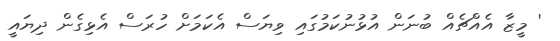
' މީޒާ އެއްޗެއް ބުނަން އުޅުނުކަމުގައި ވިޔަސް އެކަމަށް ހުރަސް އެޅިގެން ދިޔައީ